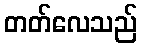
တတ်လေသည်